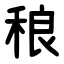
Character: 稂